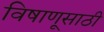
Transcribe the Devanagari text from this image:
विषाणूसाठी